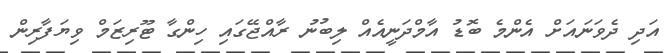
އަދި ދެވަނައަށް އެންމެ ބޮޑު އާމްދަނީއެއް ލިބުނު ރާއްޖޭގައި ހިންގާ ޓޫރިޒަމް ވިޔަފާރިން